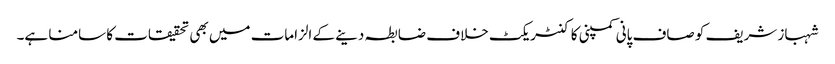
شہباز شریف کو صاف پانی کمپنی کا کنٹریکٹ خلاف ضابطہ دینے کے الزامات میں بھی تحقیقات کا سامنا ہے۔